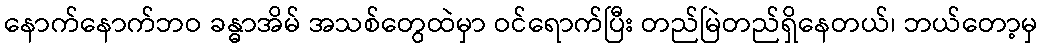
နောက်နောက်ဘဝ ခန္ဓာအိမ် အသစ်တွေထဲမှာ ဝင်ရောက်ပြီး တည်မြဲတည်ရှိနေတယ်၊ ဘယ်တော့မှ